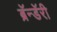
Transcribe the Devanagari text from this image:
ब्रॅन्डॅरी